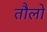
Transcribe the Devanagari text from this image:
तौलों